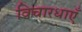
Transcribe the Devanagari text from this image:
विचारधाएँ